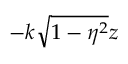
- k \sqrt { 1 - \eta ^ { 2 } } z